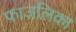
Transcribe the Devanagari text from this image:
फाज़लिका